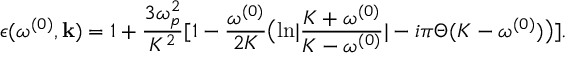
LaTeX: \epsilon ( \omega ^ { ( 0 ) } , { \bf k } ) = 1 + { \frac { 3 \omega _ { p } ^ { 2 } } { K ^ { 2 } } } [ 1 - { \frac { \omega ^ { ( 0 ) } } { 2 K } } \bigl ( { \ln } | { \frac { K + \omega ^ { ( 0 ) } } { K - \omega ^ { ( 0 ) } } } | - i \pi \Theta ( K - \omega ^ { ( 0 ) } ) \bigr ) ] .